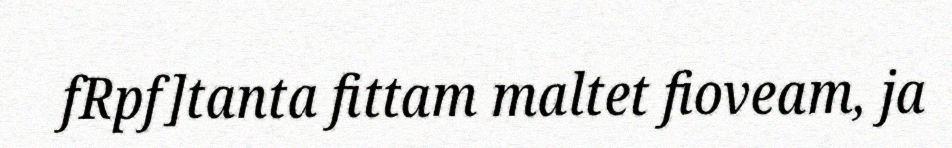
fRpf]tanta fittam maltet fioveam, ja